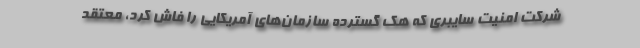
شرکت امنیت سایبری که هک گسترده سازمان‌های آمریکایی را فاش کرد، معتقد